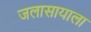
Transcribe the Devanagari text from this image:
जलासायाला